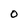
Character: 0